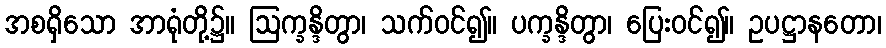
အစရှိသော အာရုံတို့၌။ ဩက္ခန္ဒိတွာ၊ သက်ဝင်၍။ ပက္ခန္ဒိတွာ၊ ပြေးဝင်၍။ ဥပဋ္ဌာနတော၊